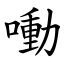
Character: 㗢